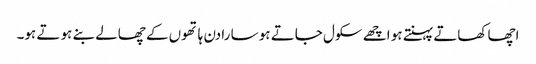
اچھا کھاتے پہنتے ہو اچھے سکول جاتے ہو سا رادن ہا تھوں کے چھالے بنے ہو تے ہو۔